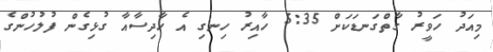
މިއަދު ހަވީރު ގާތްގަނޑަކަށް 5:35 ހާއިރު ހިނގި އެ ހާދިސާއާ ގުޅިގެން ފުލުހުންގެ